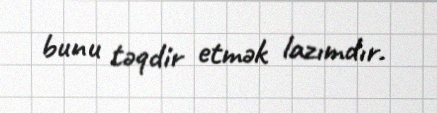
bunu təqdir etmək lazımdır.